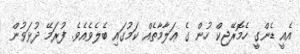
އެއީ ޑެންގީ ހެމޮރޭޖިކް ހުން ގެ ޢަލާމާތެއް ކަމުގައި ބެލެވެއެވެ. ފުރަމޭ ދުޅަވުން